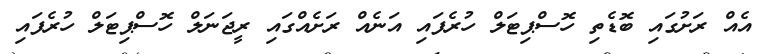
އެއް ރަށުގައި ބޮޑެތި ހޮސްޕިޓަލް ހުރެފައި އަނެއް ރަށެއްގައި ރީޖަނަލް ހޮސްޕިޓަލް ހުރެފައި